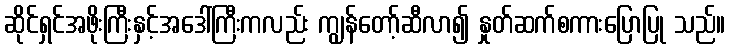
ဆိုင်ရှင်အဖိုးကြီးနှင့်အဒေါ်ကြီးကလည်း ကျွန်တော့်ဆီလာ၍ နှုတ်ဆက်စကားပြောပြု သည်။